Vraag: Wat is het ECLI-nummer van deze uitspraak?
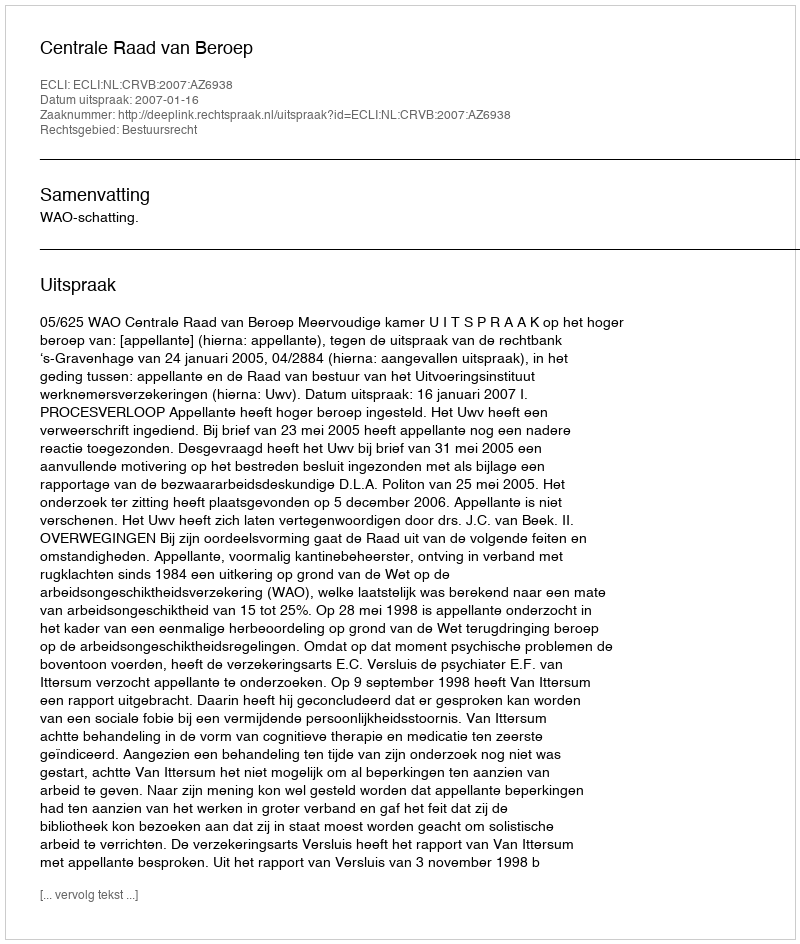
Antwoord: ECLI:NL:CRVB:2007:AZ6938